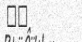
٢٤